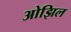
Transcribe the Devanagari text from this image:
ओझिल